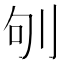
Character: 𠛎